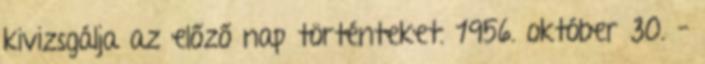
kivizsgálja az előző nap történteket. 1956. október 30. –